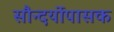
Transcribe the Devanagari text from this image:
सौन्दर्योपासक